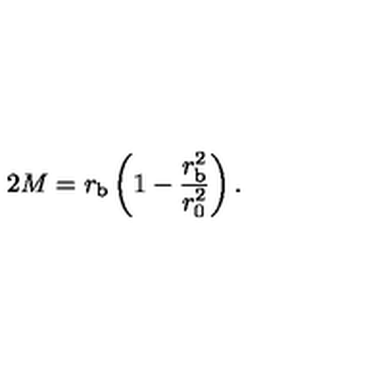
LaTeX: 2 M = r _ { \mathrm { b } } \left( 1 - \frac { r _ { \mathrm { b } } ^ { 2 } } { r _ { 0 } ^ { 2 } } \right) .